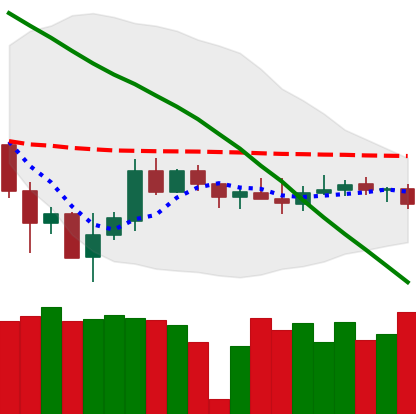
Ticker: XMR-USD
Chart end date: 2019-12-10
Forward return: -3.929%
Label: down_3_5